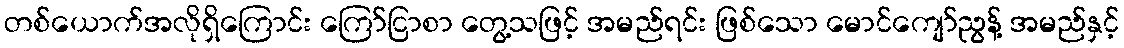
တစ်ယောက်အလိုရှိကြောင်း ကြော်ငြာစာ တွေ့သဖြင့် အမည်ရင်း ဖြစ်သော မောင်ကျော်ညွန့် အမည်နှင့်